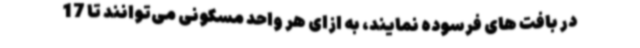
در بافت های فرسوده نمایند، به ازای هر واحد مسکونی می‌توانند تا 17